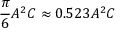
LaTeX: { \frac { \pi } { 6 } } A ^ { 2 } C \approx 0 . 5 2 3 A ^ { 2 } C